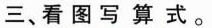
三、看图写算式。